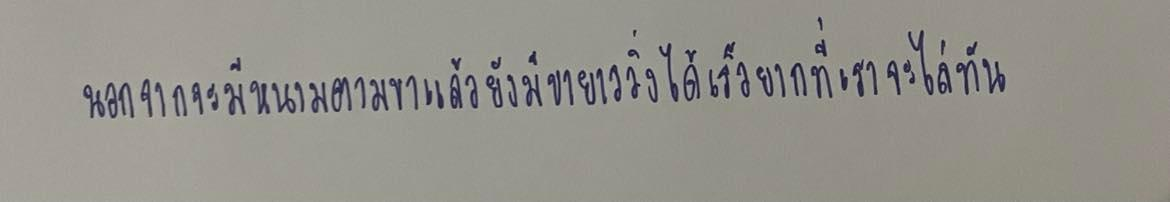
นอกจากจะมีหนามตามขาแล้วยังมีขายาววิ่งได้เร็วยากที่เราจะไล่ทัน